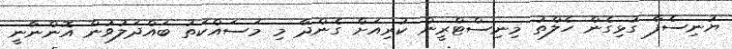
ޔުނިސެފާ ގުޅިގެން ހެލްތު މިނިސްޓްރީން ކުރިއަށް ގެންދާ މި މަސައްކަތު ބައްދަލުވުން އޮންނާނީ